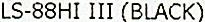
LS-88HI III (BLACK)